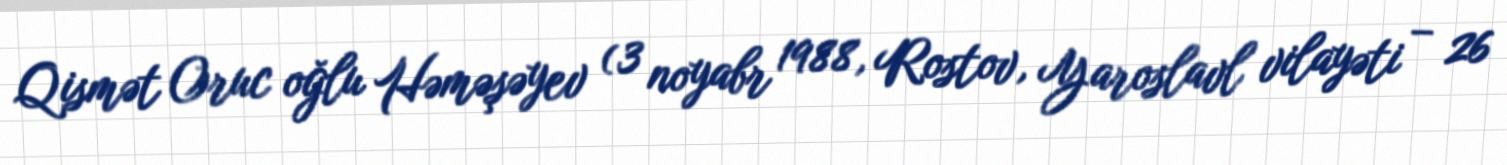
Qismət Oruc oğlu Həməşəyev (3 noyabr 1988, Rostov, Yaroslavl vilayəti – 26